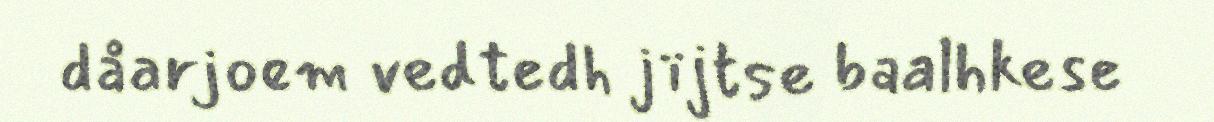
dåarjoem vedtedh jïjtse baalhkese